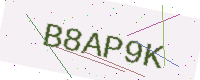
Text: B8AP9K